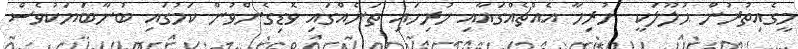
މީގެއިތުރުން ޙުލޫލަކީ  ހުރިހާ އެއްޗެއްގައާއި ހުރިހައި ތަނެއްގައި ވޮޑިގެންވުން ކަމުގައި ބުނާބަޔަކުވެސް